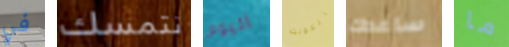
في نتمسك اليوم الكونت ساعدك ما